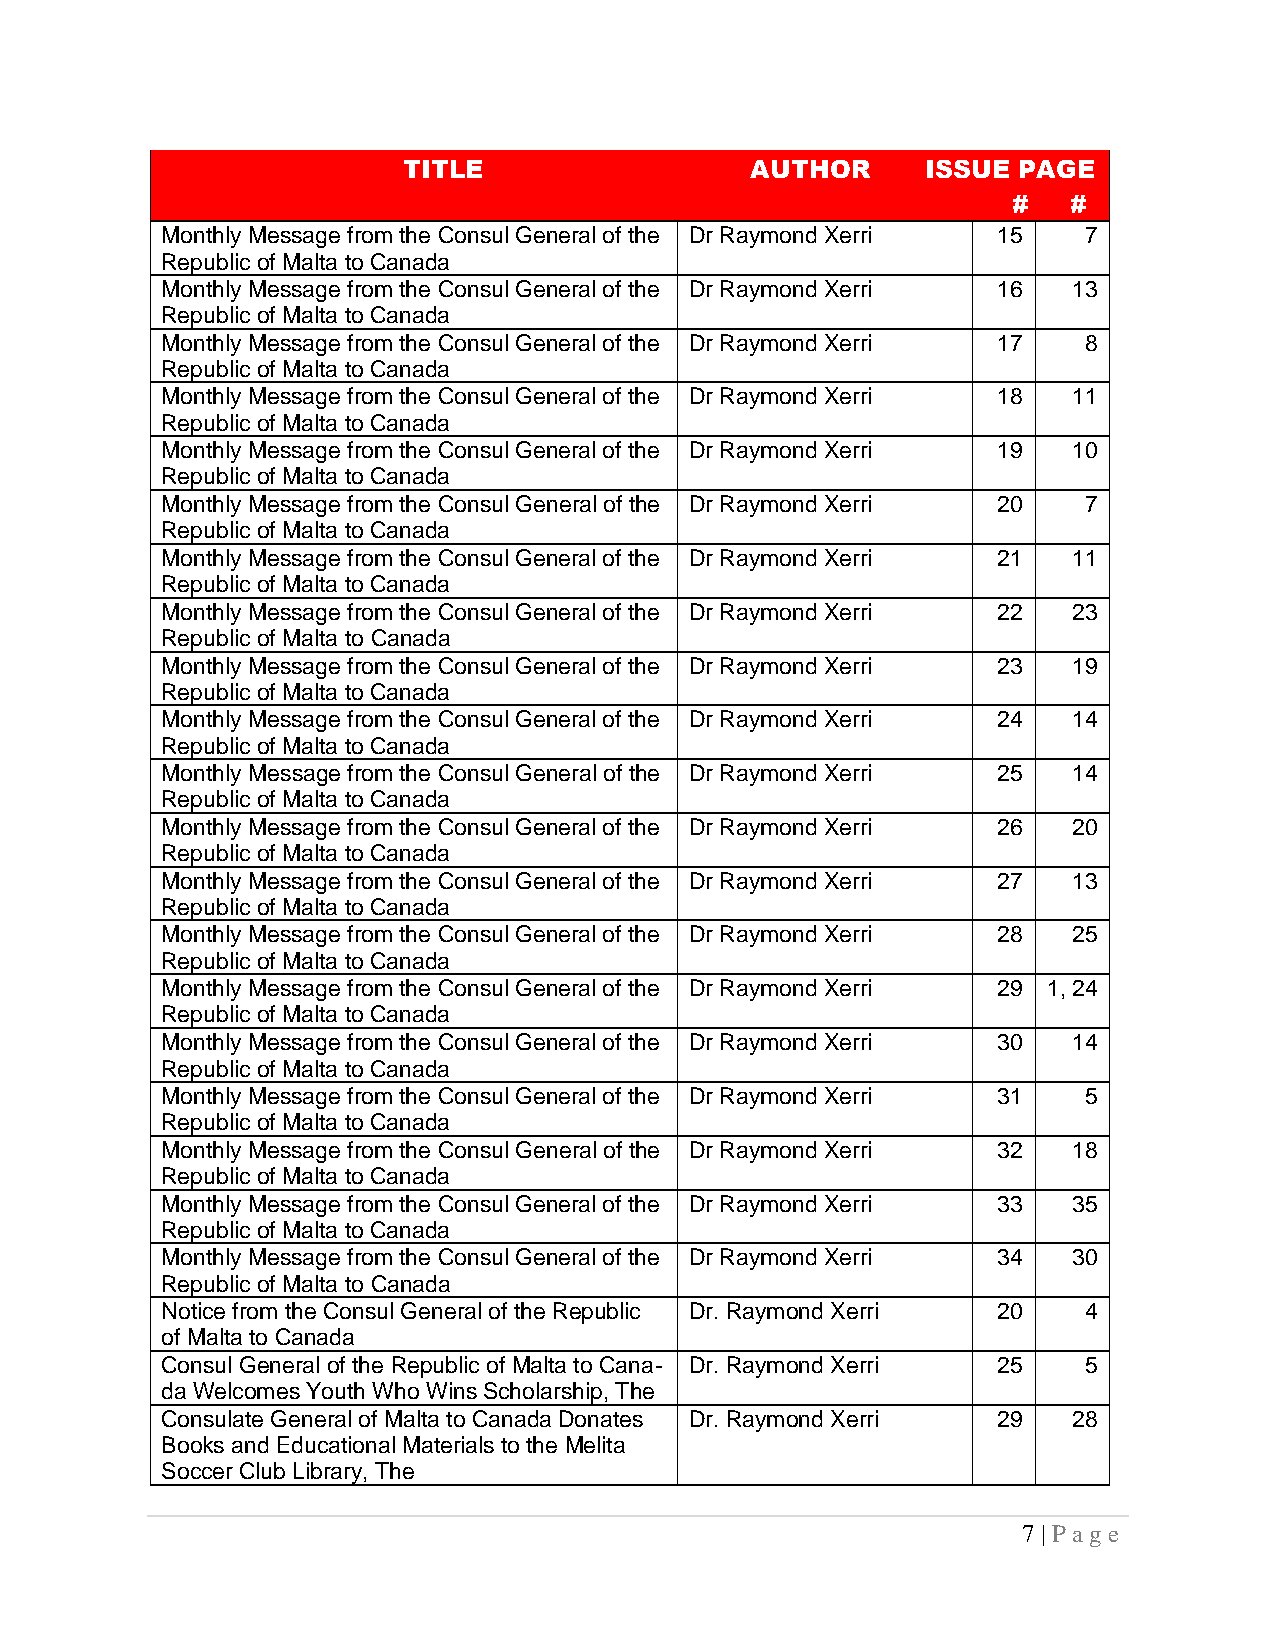
TITLE                  AUTHOR     ISSUE PAGE
 #   #
 Monthly Message from the Consul General of the Dr Raymond Xerri 15 7
 Republic of Malta to Canada
 Monthly Message from the Consul General of the Dr Raymond Xerri 16 13
 Republic of Malta to Canada
 Monthly Message from the Consul General of the Dr Raymond Xerri 17 8
 Republic of Malta to Canada
 Monthly Message from the Consul General of the Dr Raymond Xerri 18 11
 Republic of Malta to Canada
 Monthly Message from the Consul General of the Dr Raymond Xerri 19 10
 Republic of Malta to Canada
 Monthly Message from the Consul General of the Dr Raymond Xerri 20 7
 Republic of Malta to Canada
 Monthly Message from the Consul General of the Dr Raymond Xerri 21 11
 Republic of Malta to Canada
 Monthly Message from the Consul General of the Dr Raymond Xerri 22 23
 Republic of Malta to Canada
 Monthly Message from the Consul General of the Dr Raymond Xerri 23 19
 Republic of Malta to Canada
 Monthly Message from the Consul General of the Dr Raymond Xerri 24 14
 Republic of Malta to Canada
 Monthly Message from the Consul General of the Dr Raymond Xerri 25 14
 Republic of Malta to Canada
 Monthly Message from the Consul General of the Dr Raymond Xerri 26 20
 Republic of Malta to Canada
 Monthly Message from the Consul General of the Dr Raymond Xerri 27 13
 Republic of Malta to Canada
 Monthly Message from the Consul General of the Dr Raymond Xerri 28 25
 Republic of Malta to Canada
 Monthly Message from the Consul General of the Dr Raymond Xerri 29 1, 24
 Republic of Malta to Canada
 Monthly Message from the Consul General of the Dr Raymond Xerri 30 14
 Republic of Malta to Canada
 Monthly Message from the Consul General of the Dr Raymond Xerri 31 5
 Republic of Malta to Canada
 Monthly Message from the Consul General of the Dr Raymond Xerri 32 18
 Republic of Malta to Canada
 Monthly Message from the Consul General of the Dr Raymond Xerri 33 35
 Republic of Malta to Canada
 Monthly Message from the Consul General of the Dr Raymond Xerri 34 30
 Republic of Malta to Canada
 Notice from the Consul General of the Republic Dr. Raymond Xerri 20 4
 of Malta to Canada
 Consul General of the Republic of Malta to Cana- Dr. Raymond Xerri 25 5
 da Welcomes Youth Who Wins Scholarship, The
 Consulate General of Malta to Canada Donates Dr. Raymond Xerri 29 28
 Books and Educational Materials to the Melita
 Soccer Club Library, The
 7 | P ag e